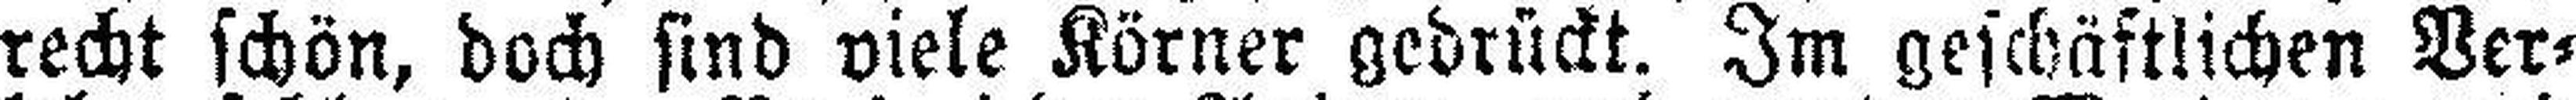
recht schön, doch sind viele Körner gedrückt. Im geschäftlichen Ver¬